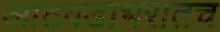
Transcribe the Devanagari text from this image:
आठवडाभरातच